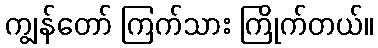
ကျွန်တော် ကြက်သား ကြိုက်တယ်။